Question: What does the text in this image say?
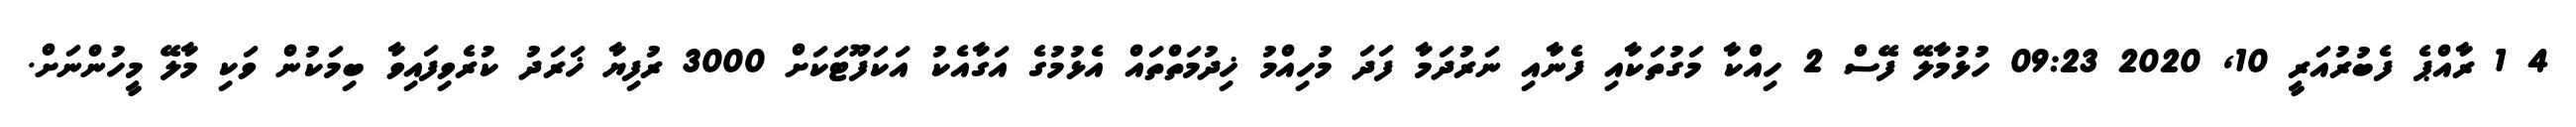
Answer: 4 1 ރާއްޕެ ފެބުރުއަރީ 10, 2020 09:23 ހުޅުމާލޭ ފޭސް 2 ހިއްކާ މަގުތަކާއި ފެނާއި ނަރުދަމާ ފަދަ މުހިއްމު ޚިދުމަތްތައް އެޅުމުގެ އަގާއެކު އަކަފޫޓަކަށް 3000 ރުފިޔާ ޚަރަދު ކުރެވިފައިވާ ބިމަކުން ވަކި މާލޭ މީހުންނަށް.